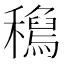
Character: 𥣟